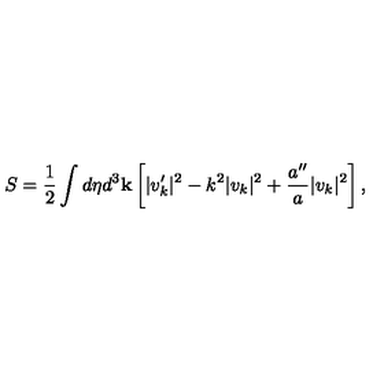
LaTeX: S = \frac { 1 } { 2 } \int d \eta d ^ { 3 } { \bf k } \left[ \vert v _ { k } ^ { \prime } \vert ^ { 2 } - k ^ { 2 } \vert v _ { k } \vert ^ { 2 } + \frac { a ^ { \prime \prime } } { a } \vert v _ { k } \vert ^ { 2 } \right] ,